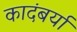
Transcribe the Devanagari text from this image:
कादंबर्या